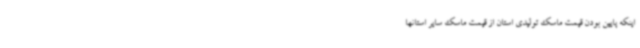
اینکه پایین بودن قیمت ماسک تولیدی استان از قیمت ماسک سایر استانها